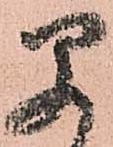
早